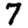
Digit: 7